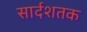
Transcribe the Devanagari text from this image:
सार्दशतक